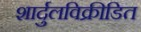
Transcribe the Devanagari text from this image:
शार्दुलविक्रीडित